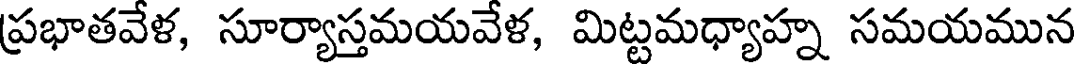
ప్రభాతవేళ, సూర్యాస్తమయవేళ, మిట్టమధ్యాహ్న సమయమున